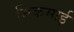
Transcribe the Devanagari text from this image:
सिकमाई